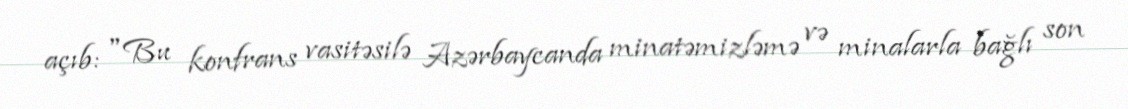
açıb: "Bu konfrans vasitəsilə Azərbaycanda minatəmizləmə və minalarla bağlı son